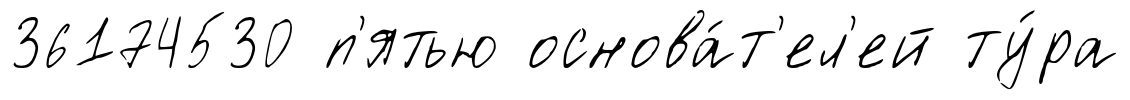
36174530 п'ятью основа́т'ел'ей ту́ра